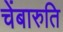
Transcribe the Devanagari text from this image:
चेंबारुति